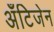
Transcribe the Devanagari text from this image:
अँटिजेन